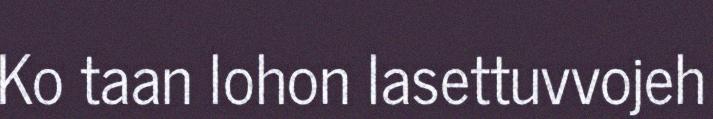
Ko taan lohon lasettuvvojeh